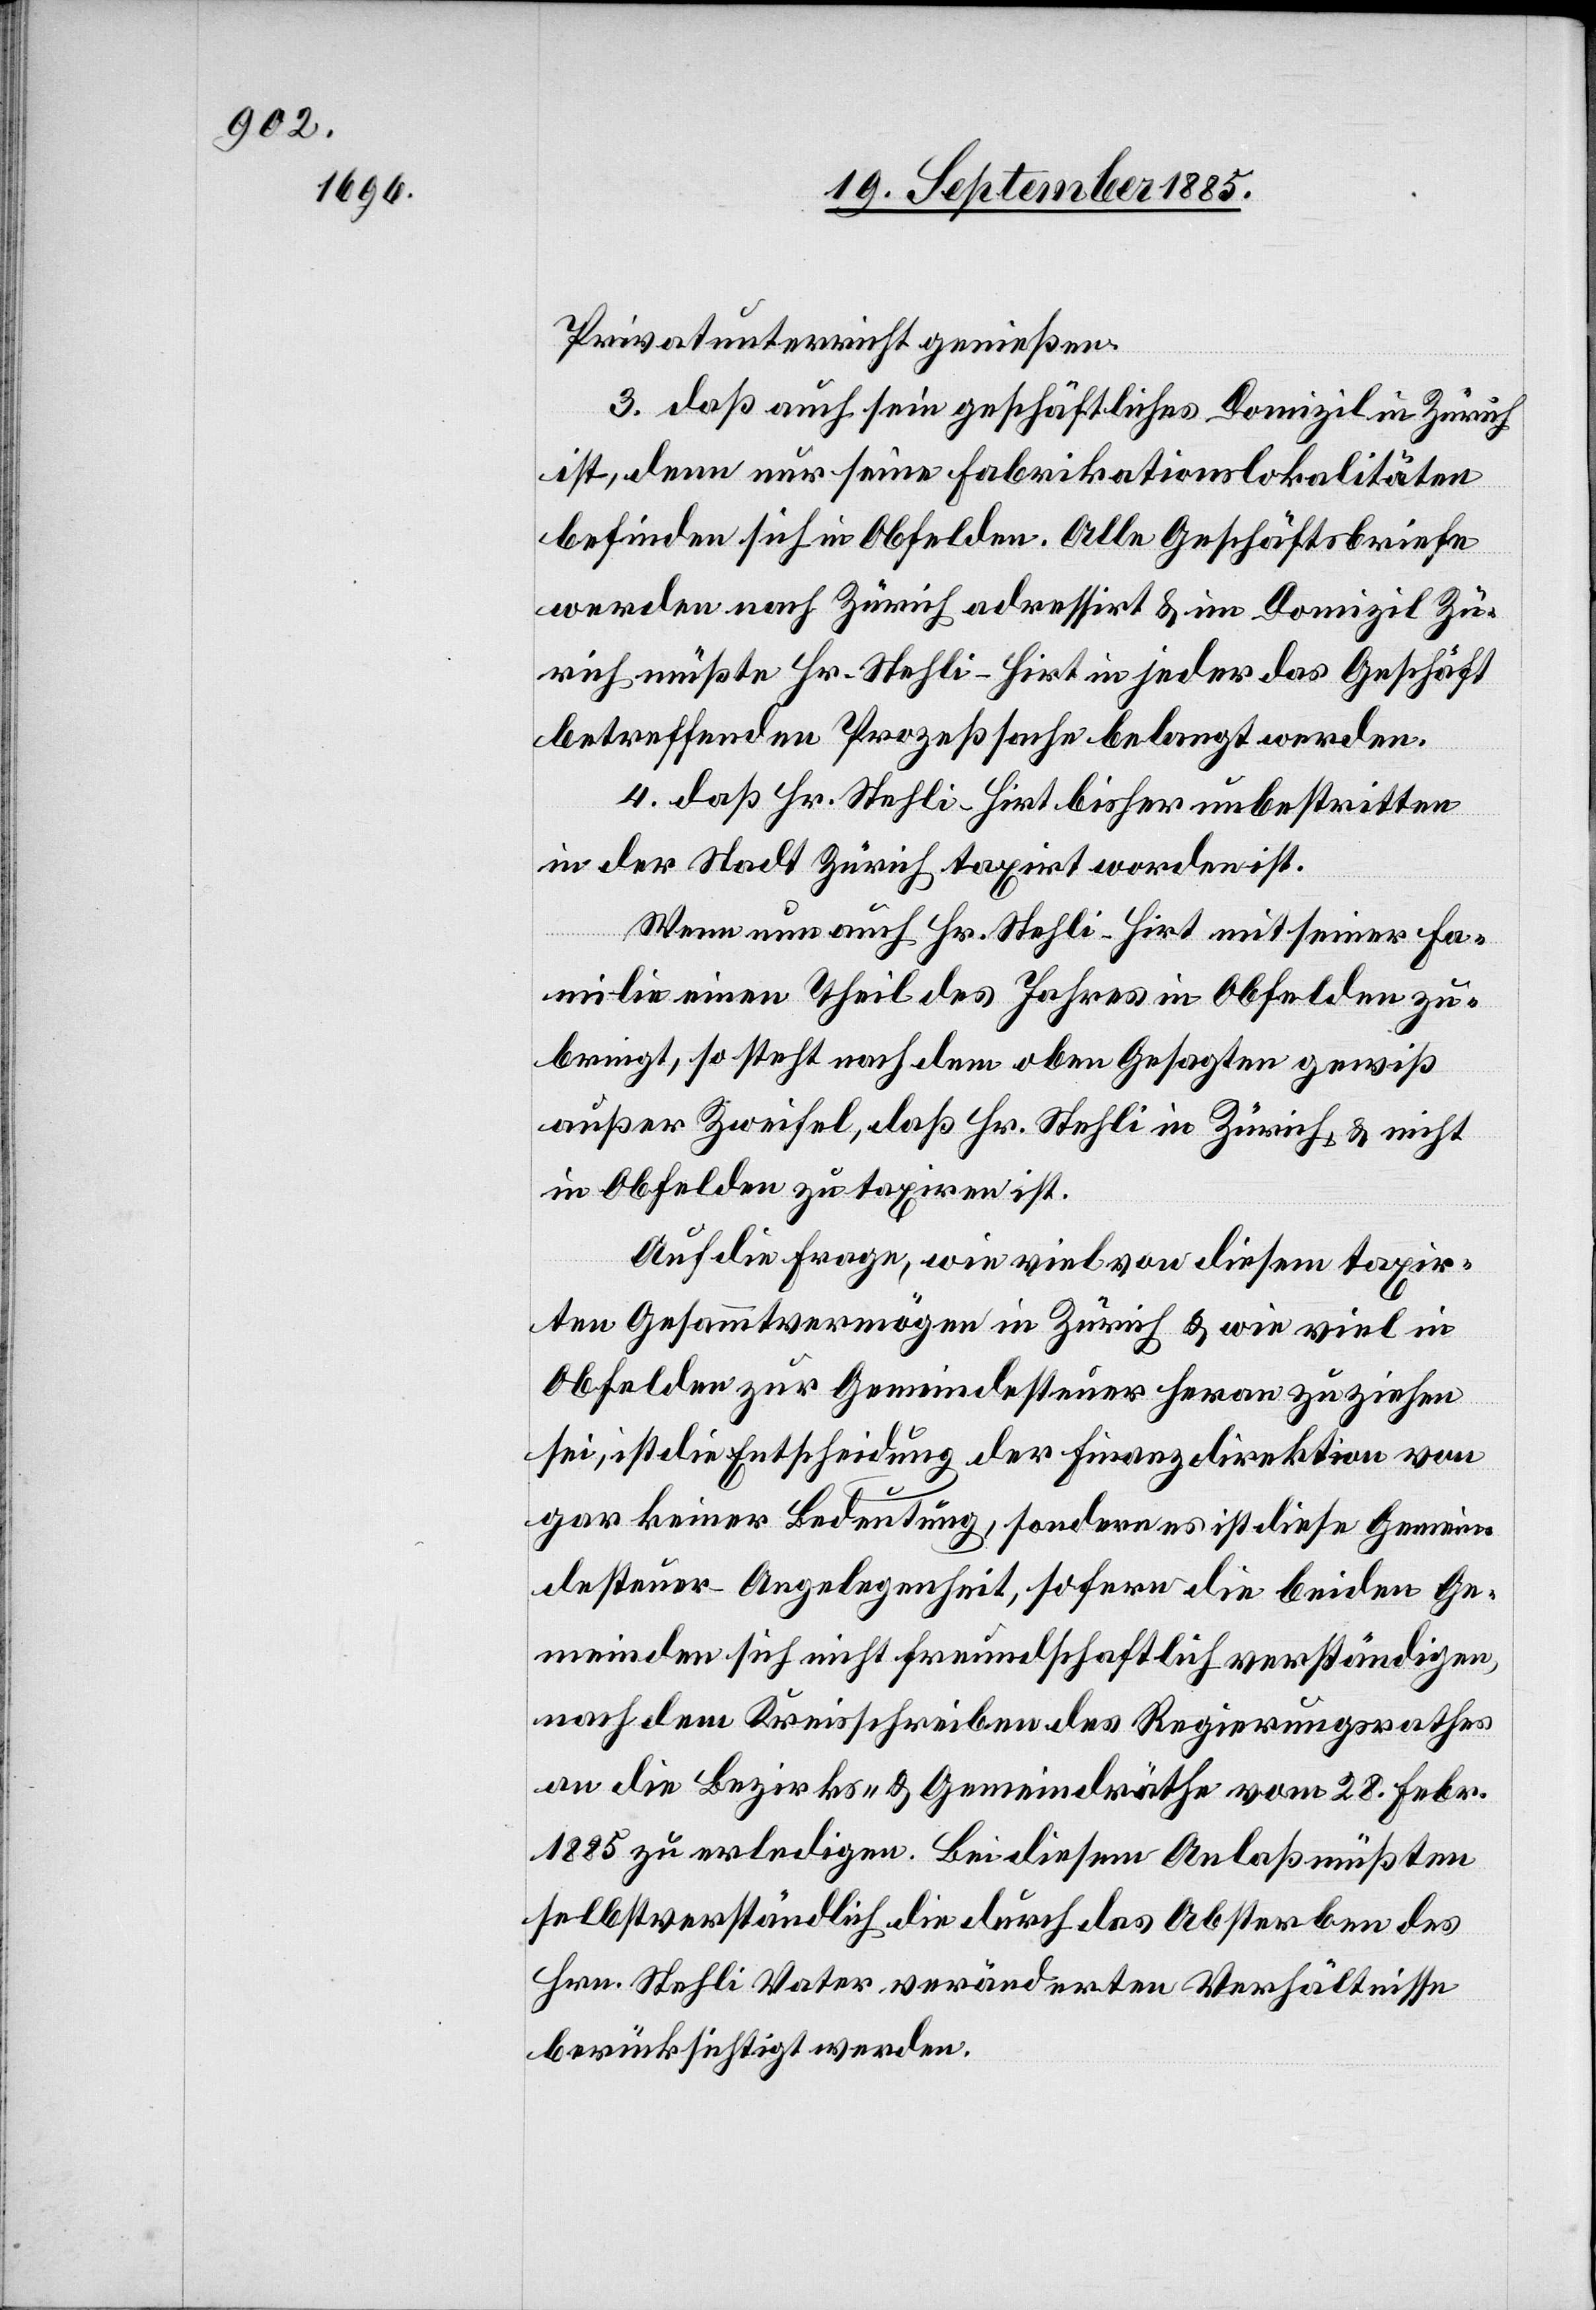
Privatunterricht genießen.
3. daß auch sein geschäftliches Domizil in Zürich
ist, denn nur seine Fabrikationslokalitäten
befinden sich in Obfelden. Alle Geschäftsbriefe
werden nach Zürich adressirt & im Domizil Zü¬
rich müßte Hr. Stehli-Hirt in jeder das Geschäft
betreffenden Prozeßsache belangt werden.
4. daß Hr. Stehli-Hirt bisher unbestritten
in der Stadt Zürich taxirt worden ist.
Wenn nun auch Hr. Stehli-Hirt mit seiner Fa¬
milie einen Theil des Jahres in Obfelden zu¬
bringt, so steht nach dem oben Gesagten gewiß
außer Zweifel, daß Hr. Stehli in Zürich, & nicht
in Obfelden zu taxiren ist.
Auf die Frage, wie viel von diesem taxir¬
ten Gesammtvermögen in Zürich & wie viel in
Obfelden zur Gemeindesteuer heran zu ziehen
sei, ist die Entscheidung der Finanzdirektion von
gar keiner Bedeutung, sondern es ist diese Gemein¬
desteuer-Angelegenheit, sofern die beiden Ge¬
meinden sich nicht freundschaftlich verständigen,
nach dem Kreisschreiben des Regierungsrathes
an die Bezirks- & Gemeindräthe vom 28. Febr.
1885 zu erledigen. Bei diesem Anlaß müßten
selbstverständlich die durch das Absterben des
Hrn. Stehli Vater veränderten Verhältnisse
berücksichtigt werden.